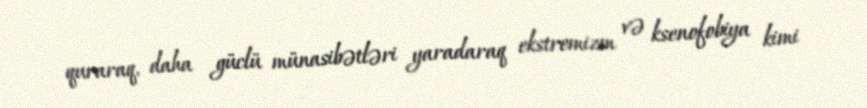
quraraq, daha güclü münasibətləri yaradaraq ekstremizm və ksenofobiya kimi